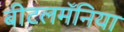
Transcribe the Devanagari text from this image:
बीटलमॅनिया